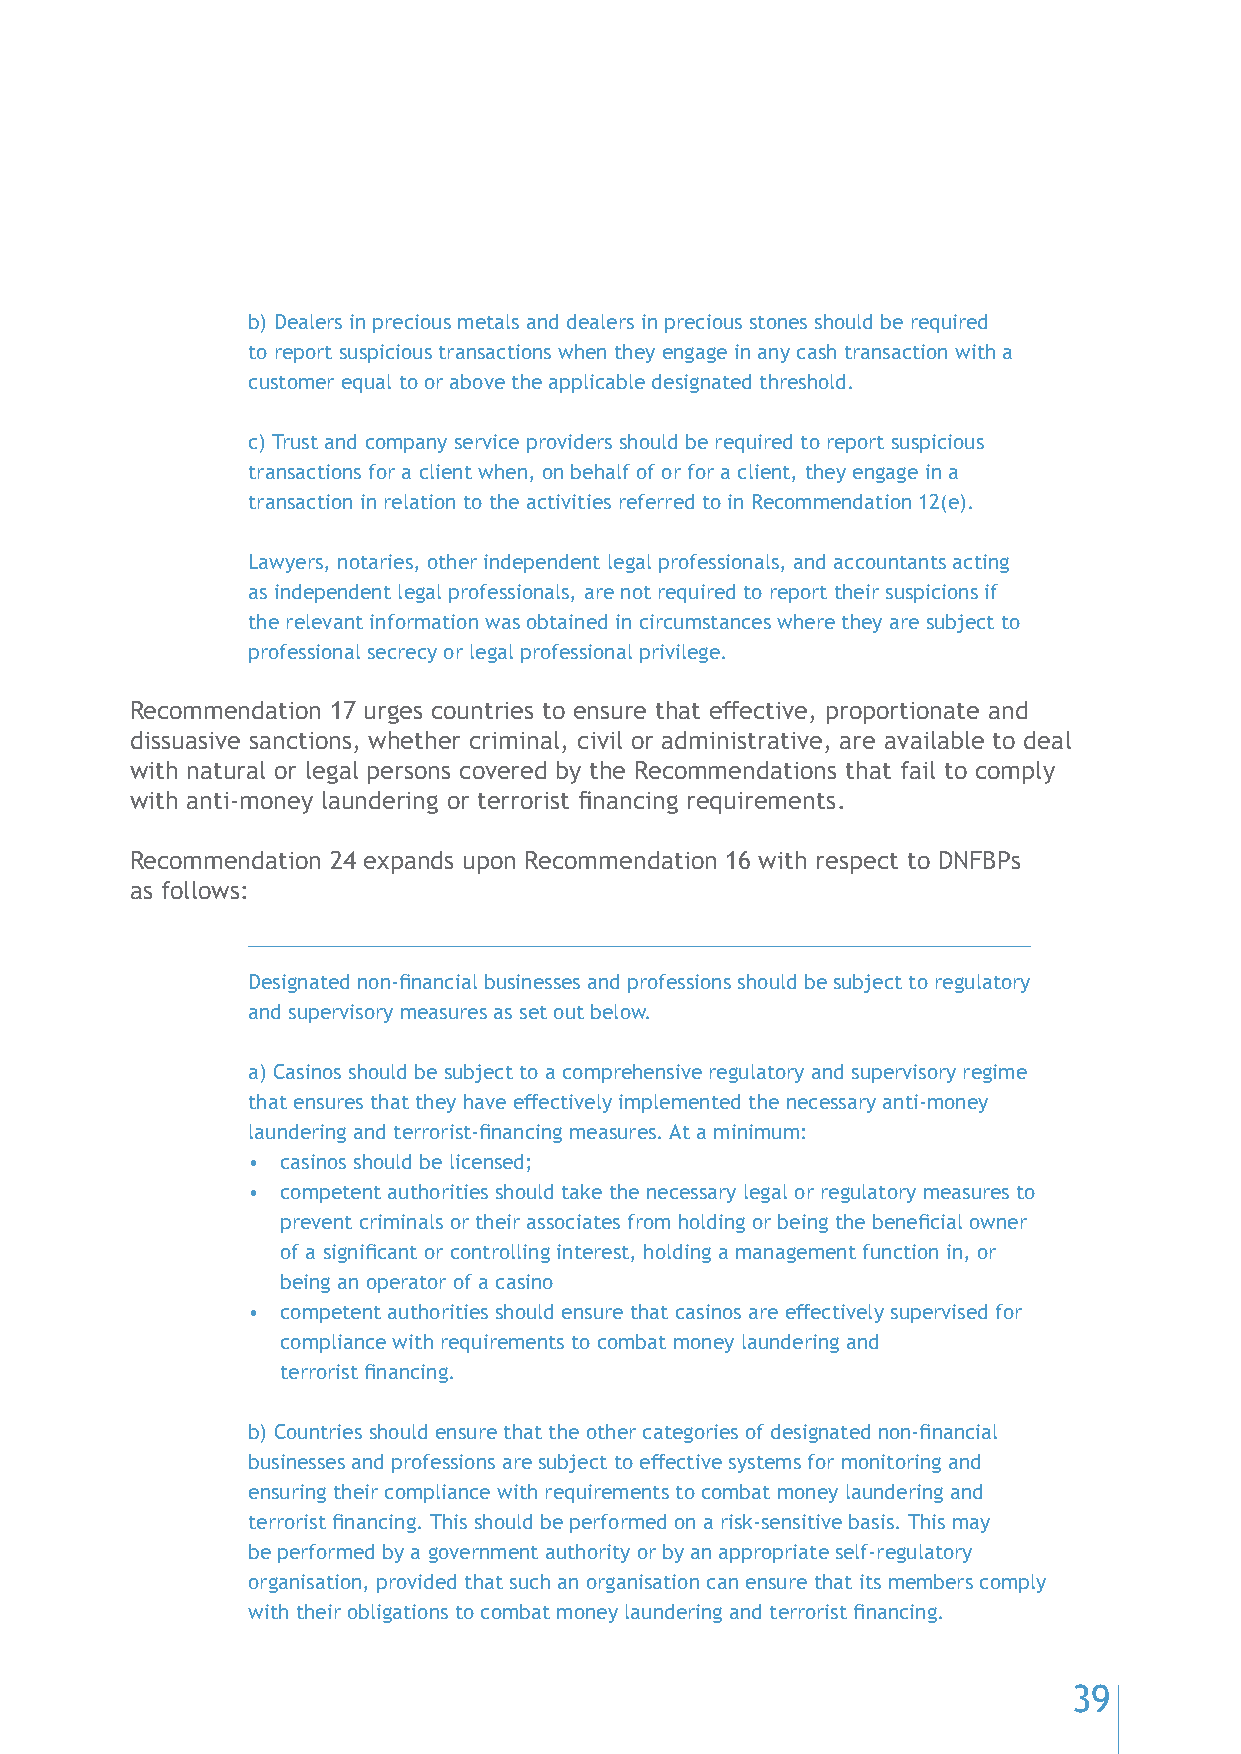
b) Dealers in precious metals and dealers in precious stones should be required
 to report suspicious transactions when they engage in any cash transaction with a
 customer equal to or above the applicable designated threshold.
 c) Trust and company service providers should be required to report suspicious
 transactions for a client when, on behalf of or for a client, they engage in a
 transaction in relation to the activities referred to in Recommendation 12(e).
 Lawyers, notaries, other independent legal professionals, and accountants acting
 as independent legal professionals, are not required to report their suspicions if
 the relevant information was obtained in circumstances where they are subject to
 professional secrecy or legal professional privilege.
 Recommendation 17 urges countries to ensure that effective, proportionate and
 dissuasive sanctions, whether criminal, civil or administrative, are available to deal
 with natural or legal persons covered by the Recommendations that fail to comply
 with anti-money laundering or terrorist financing requirements.
 Recommendation 24 expands upon Recommendation 16 with respect to DNFBPs
 as follows:
 Designated non-financial businesses and professions should be subject to regulatory
 and supervisory measures as set out below.
 a) Casinos should be subject to a comprehensive regulatory and supervisory regime
 that ensures that they have effectively implemented the necessary anti-money
 laundering and terrorist-financing measures. At a minimum:
 •  casinos should be licensed;
 •  competent authorities should take the necessary legal or regulatory measures to
 prevent criminals or their associates from holding or being the beneficial owner
 of a significant or controlling interest, holding a management function in, or
 being an operator of a casino
 •  competent authorities should ensure that casinos are effectively supervised for
 compliance with requirements to combat money laundering and
 terrorist financing.
 b) Countries should ensure that the other categories of designated non-financial
 businesses and professions are subject to effective systems for monitoring and
 ensuring their compliance with requirements to combat money laundering and
 terrorist financing. This should be performed on a risk-sensitive basis. This may
 be performed by a government authority or by an appropriate self-regulatory
 organisation, provided that such an organisation can ensure that its members comply
 with their obligations to combat money laundering and terrorist financing.
 39